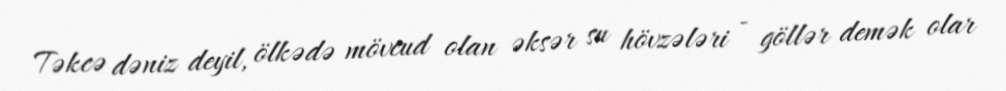
Təkcə dəniz deyil, ölkədə mövcud olan əksər su hövzələri - göllər demək olar